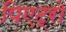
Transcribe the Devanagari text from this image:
पिएट्रो